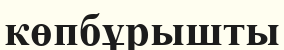
көпбұрышты